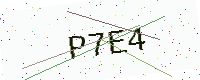
Text: P7E4